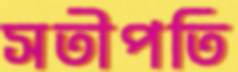
সতীপতি